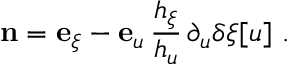
\mathbf { n } = \mathbf { e } _ { \xi } - \mathbf { e } _ { u } \, \frac { h _ { \xi } } { h _ { u } } \, \partial _ { u } \delta \xi [ u ] \ . \